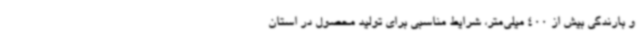
و بارندگی بیش از 400 میلی‌متر، شرایط مناسبی برای تولید محصول در استان